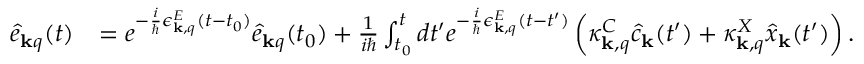
\begin{array} { r l } { \hat { e } _ { { \bf k } q } ( t ) } & { = e ^ { - \frac { i } { \hbar } \epsilon _ { { \bf k } , q } ^ { E } ( t - t _ { 0 } ) } \hat { e } _ { { \bf k } q } ( t _ { 0 } ) + \frac { 1 } { i \hbar } \int _ { t _ { 0 } } ^ { t } d t ^ { \prime } e ^ { - \frac { i } { \hbar } \epsilon _ { { \bf k } , q } ^ { E } ( t - t ^ { \prime } ) } \left( \kappa _ { { \bf k } , q } ^ { C } \hat { c } _ { { \bf k } } ( t ^ { \prime } ) + \kappa _ { { \bf k } , q } ^ { X } \hat { x } _ { { \bf k } } ( t ^ { \prime } ) \right) . } \end{array}